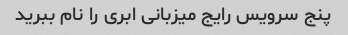
پنج سرویس رایج میزبانی ابری را نام ببرید